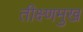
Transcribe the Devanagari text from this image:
तीक्ष्णमुख